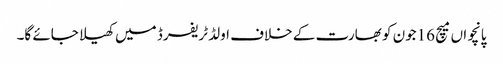
پانچواں میچ 16جون کو بھارت کے خلاف اولڈ ٹریفرڈ میں کھیلا جائے گا۔